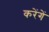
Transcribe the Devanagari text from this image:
करेंगेें